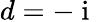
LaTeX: d=-\mathrm{~i~}